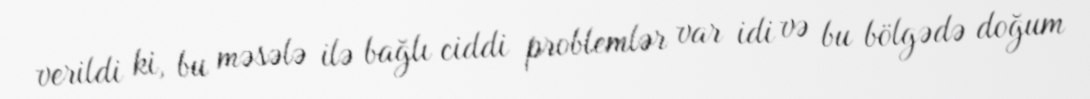
verildi ki, bu məsələ ilə bağlı ciddi problemlər var idi və bu bölgədə doğum